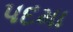
પદમા